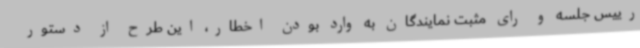
رییس جلسه و رای مثبت نمایندگان به وارد بودن اخطار، این طرح از دستور